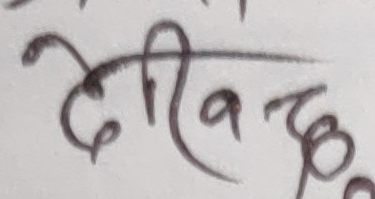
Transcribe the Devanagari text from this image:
दीवाकर